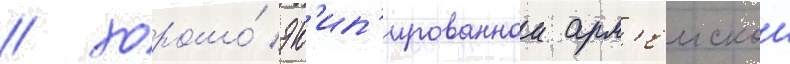
/ хорошо́ эк'ип'ированнои арм'еискои